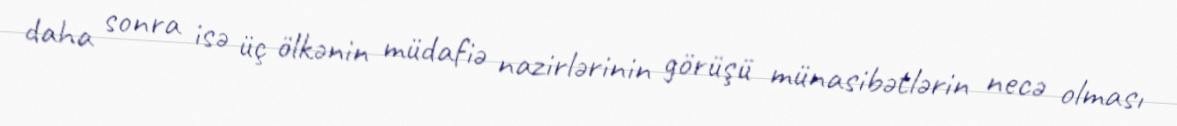
daha sonra isə üç ölkənin müdafiə nazirlərinin görüşü münasibətlərin necə olması